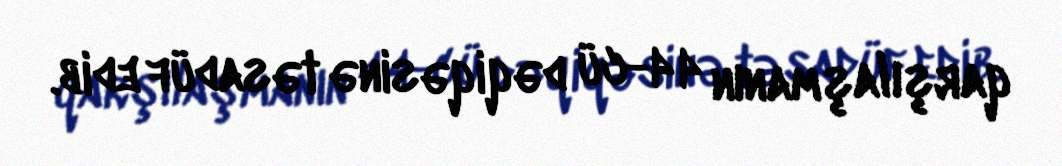
qarşılaşmanın 44-cü dəqiqəsinə təsadüf edib.